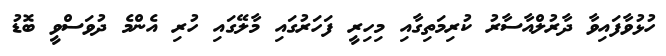
ހުޅުވާފައިވާ ދާރުލްއާސާރު ކުރިމަތިގާއި މިހިރީ ފަހަރުގައި މާލޭގައި ހުރި އެންމެ ދުވަސްވީ ބޮޑު